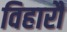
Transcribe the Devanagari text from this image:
विहारौं